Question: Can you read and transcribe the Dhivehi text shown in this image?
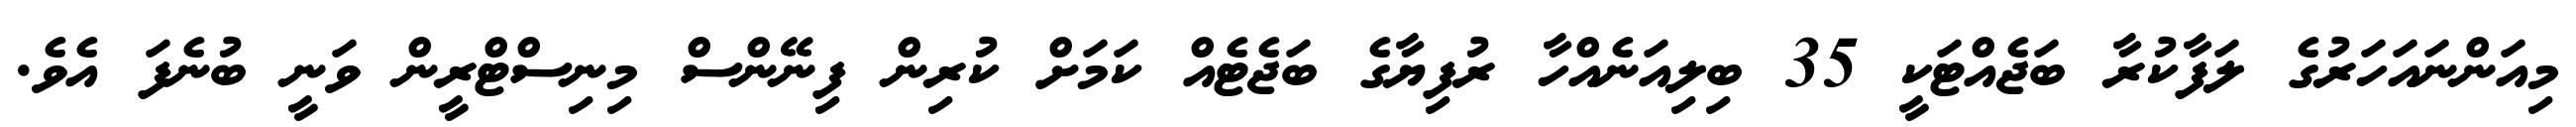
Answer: މިއަންނައަހަރުގެ ލަފާކުރާ ބަޖެއްޓަކީ 35 ބިލިއަނެއްހާ ރުފިޔާގެ ބަޖެޓެއް ކަމަށް ކުރިން ފިނޭންސް މިނިސްޓްރީން ވަނީ ބުނެފަ އެވެ.